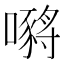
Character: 𡁷